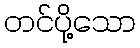
တင်ပို့သော